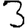
Digit: 3